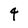
Character: 4